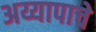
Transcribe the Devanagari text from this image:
अय्यापाचे